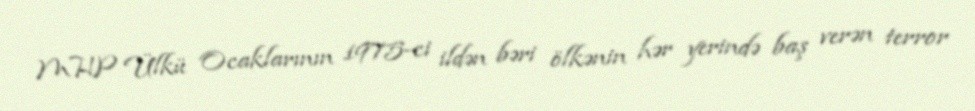
MHP Ülkü Ocaklarının 1975-ci ildən bəri ölkənin hər yerində baş verən terror